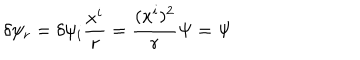
LaTeX: \delta \psi _ { r } = \delta \psi _ { i } { \frac { x ^ { i } } { r } } = { \frac { ( x ^ { i } ) ^ { 2 } } { r } } \Psi = \Psi